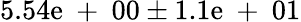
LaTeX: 5.54\mathrm{e}\mathrm{{~+~}}00\pm1.1\mathrm{e}\mathrm{{~+~}}01